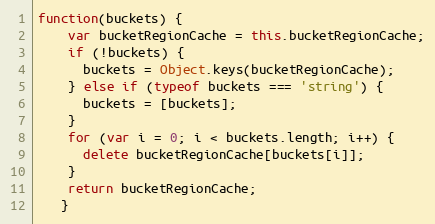
Language: JavaScript
function(buckets) {
    var bucketRegionCache = this.bucketRegionCache;
    if (!buckets) {
      buckets = Object.keys(bucketRegionCache);
    } else if (typeof buckets === 'string') {
      buckets = [buckets];
    }
    for (var i = 0; i < buckets.length; i++) {
      delete bucketRegionCache[buckets[i]];
    }
    return bucketRegionCache;
   }